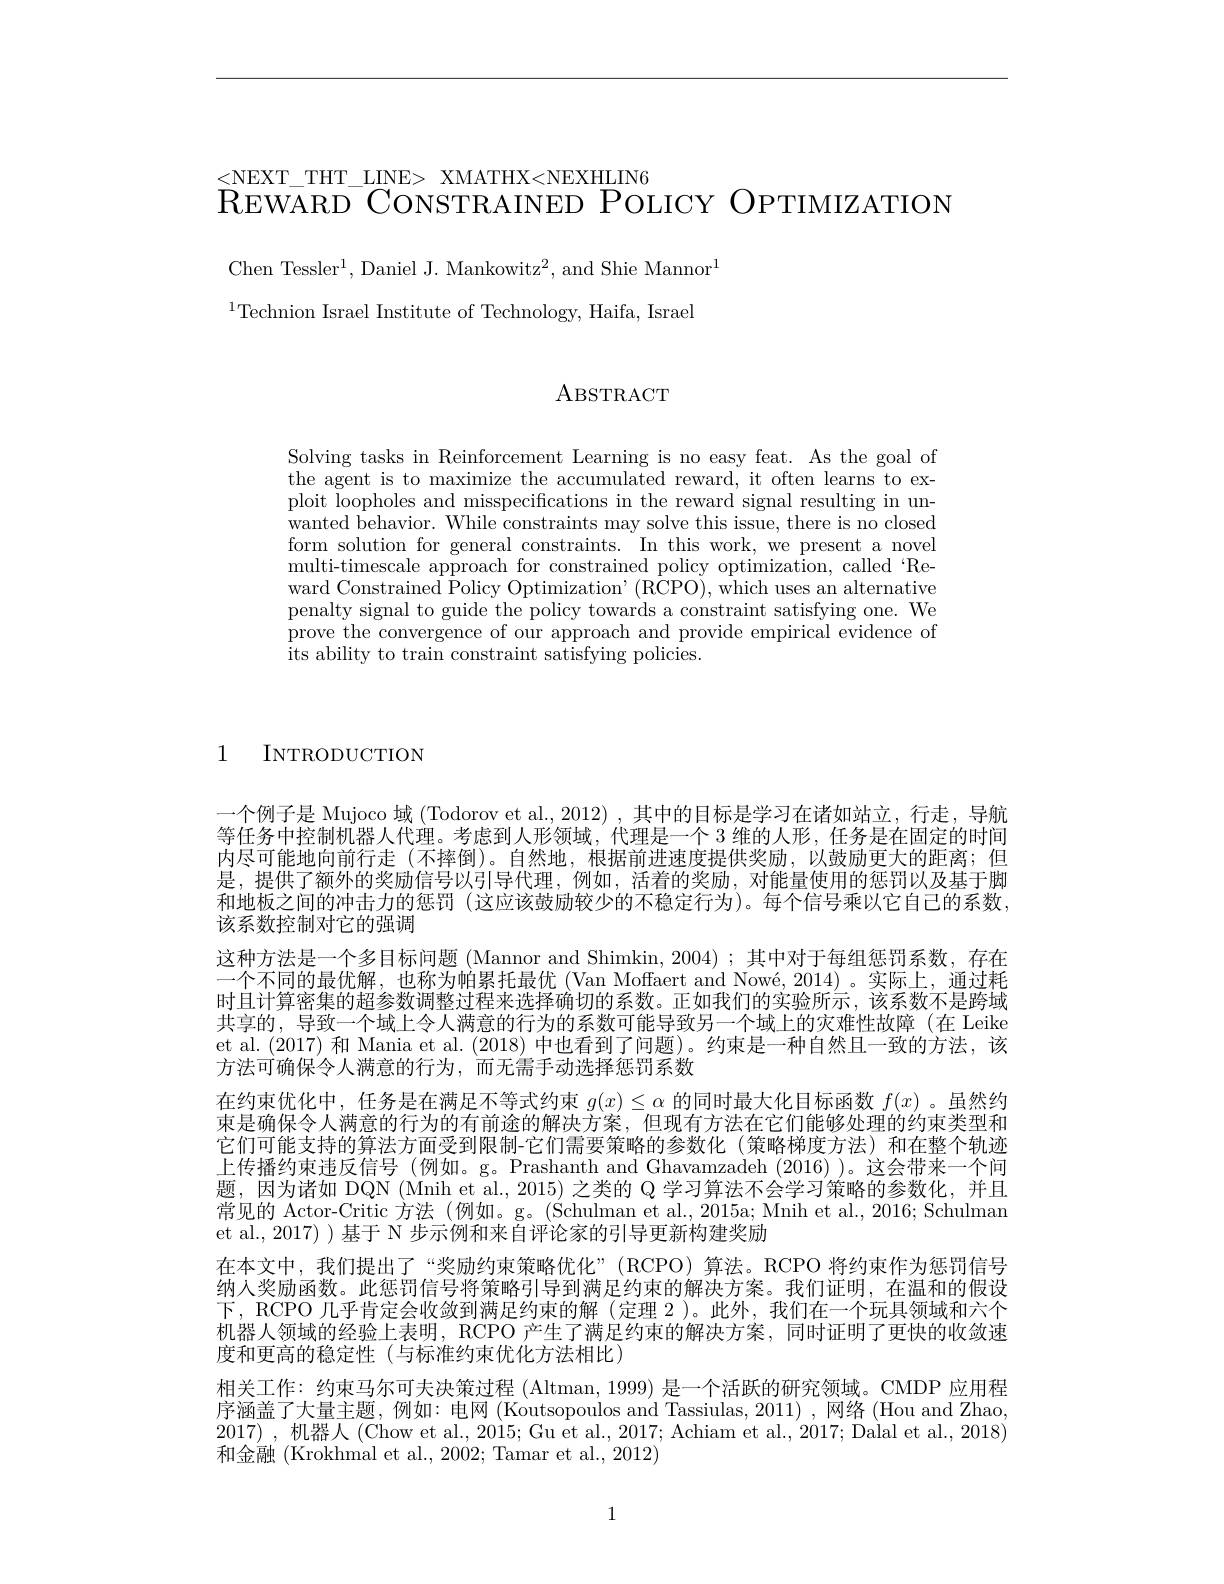
$\begin{array}{l}{{\mathrm{REWARD~CONSTRAINED~POLICY~OPTIMIZATION}}^{<NEXT\_THT\_LINE>~XMATHX<NEXHLIN6}}\\{{\mathrm{REWARD~CONSTRAINED~POLICY~OPTIMIZATION}}}\end{array}$

Chen Tessler$^1$, Daniel J. Mankowitz$^2$, and Shie Mannor$^1$
$^{1}$Technion Israel Institute of Technology, Haifa, Israel

ABSTRACT

Solving tasks in Reinforcement Learning is no easy feat. As the goal of the agent is to maximize the accumulated reward, it often learns to exploit loopholes and misspecifications in the reward signal resulting in unwanted behavior. While constraints may solve this issue, there is no closed form solution for general constraints. In this work, we present a novel multi-timescale approach for constrained policy optimization, called‘Reward Constrained Policy Optimization' (RCPO), which uses an alternative penalty signal to guide the policy towards a constraint satisfying one. We prove the convergence of our approach and provide empirical evidence of its ability to train constraint satisfying policies.

1 INTRODUCTION

一个例子是 Mujoco 域 (Todorov et al., 2012) ,其中的目标是学习在诸如站立，行走，导航等任务中控制机器人代理。考虑到人形领域，代理是一个 3 维的人形，任务是在固定的时间内尽可能地向前行走 (不摔倒)。自然地，根据前进速度提供奖励，以鼓励更大的距离；但是，提供了额外的奖励信号以引导代理，例如，活着的奖励，对能量使用的惩罚以及基于脚和地板之间的冲击力的惩罚 (这应该鼓励较少的不稳定行为)。每个信号乘以它自己的系数， 该系数控制对它的强调
这种方法是一个多目标问题 (Mannor and Shimkin, 2004);其中对于每组惩罚系数，存在一个不同的最优解，也称为帕累托最优 (Van Moffaert and Nowé, 2014) 。实际上，通过耗时且计算密集的超参数调整过程来选择确切的系数。正如我们的实验所示，该系数不是跨域共享的，导致一个域上令人满意的行为的系数可能导致另一个域上的灾难性故障(在 Leike et al.(2017) 和 Mania et al.(2018) 中也看到了问题)。约束是一种自然且一致的方法，该方法可确保令人满意的行为，而无需手动选择惩罚系数
在约束优化中，任务是在满足不等式约束$g(x)\leq\alpha$的同时最大化目标函数$f(x)$ 。虽然约束是确保令人满意的行为的有前途的解决方案，但现有方法在它们能够处理的约束类型和它们可能支持的算法方面受到限制-它们需要策略的参数化(策略梯度方法)和在整个轨迹上传播约束违反信号(例如。g。Prashanth and Ghavamzadeh (2016) )。这会带来一个问题，因为诸如 DQN (Mnih et al., 2015) 之类的 Q 学习算法不会学习策略的参数化，并且常见的 Actor-Critic 方法(例如。g。(Schulman et al., 2015a; Mnih et al., 2016; Schulman et al.,2017) ) 基于 N 步示例和来自评论家的引导更新构建奖励
在本文中，我们提出了“奖励约束策略优化”(RCPO)算法。RCPO 将约束作为惩罚信号纳人奖励函数。此惩罚信号将策略引导到满足约束的解决方案。我们证明，在温和的假设下，RCPO 几乎肯定会收敛到满足约束的解(定理 2)。此外，我们在一个玩具领域和六个机器人领域的经验上表明，RCPO 产生了满足约束的解决方案，同时证明了更快的收敛速度和更高的稳定性(与标准约束优化方法相比)
相关工作：约束马尔可夫决策过程 (Altman, 1999) 是一个活跃的研究领域。CMDP 应用程序涵盖了大量主题，例如：电网 (Koutsopoulos and Tassiulas, 2011) , 网络 (Hou and Zhao, 2017),机器人(Chow et al., 2015; Gu et al., 2017; Achiam et al., 2017; Dalal et al., 2018) 和金融 (Krokhmal et al., 2002; Tamar et al., 2012)

1